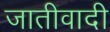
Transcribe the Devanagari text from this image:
जातीवादी